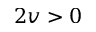
2 v > 0